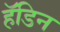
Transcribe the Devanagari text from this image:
हॅडिन